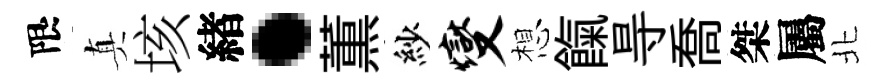
限真垓緖·薫紗燮想餼㝵喬桀屬北